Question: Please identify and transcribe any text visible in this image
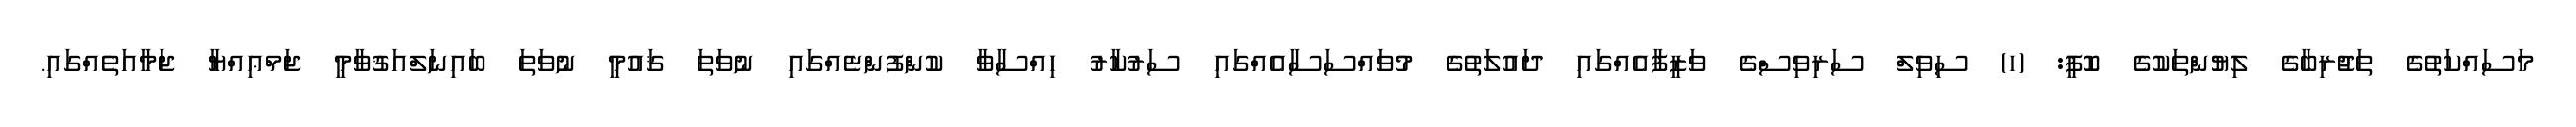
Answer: މަސައްކަތުގެ ތަޖުރިބާގެ ލިޔުންތަކުގެ ކޮޕީ: (ހ) ސިވިލް ސަރިވިސްގެ ވަޒީފާއެއްގައި ދައުލަތުގެ މުވައްސަސާއެއްގައި ސަރުކާރު ހިއްސާވާ ކުންފުންޏެއްގައި ނުވަތަ ޤައުމީ ނުވަތަ ބައިނަލްއަޤުވާމީ ޖަމްޢިއްޔާ ޖަމާއަތެއްގައި.